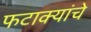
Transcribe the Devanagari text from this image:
फटाक्यांचे